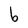
Character: b